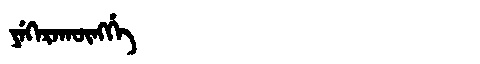
Manchu: ᠶᡝᡴᡝᡵᠠᡴᡡᠩᡤᡝ
Romanization: YEKERAKŪNGGE